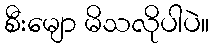
စီးမျော မိသလိုပါပဲ။